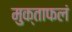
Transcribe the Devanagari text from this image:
मुक्ताफलं